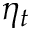
\eta _ { t }